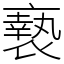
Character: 䙝